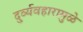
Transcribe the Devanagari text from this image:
दुर्व्यवहारामुळे